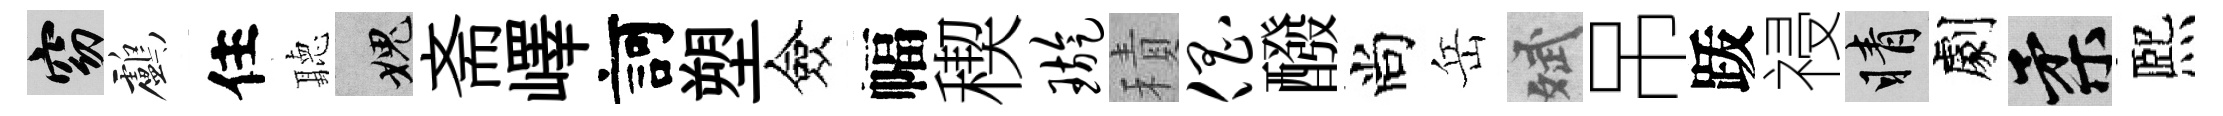
窈鸕住聽愧斋嶧訶塑僉幅稧璇積倡醱尚岳斌吊䟦祲睛劇柔熈